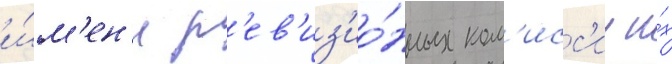
и́м'ен'и р'ев'из'ио́нных ком'исс'ии и́х